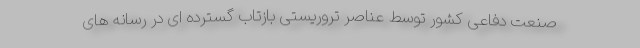
صنعت دفاعی کشور توسط عناصر تروریستی بازتاب گسترده ای در رسانه های